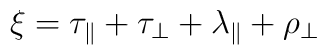
\xi = \tau_\parallel + \tau_\perp + \lambda_\parallel + \rho_\perp